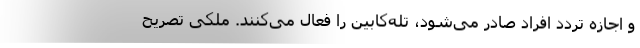
و اجازه تردد افراد صادر می‌شود، تله‌کابین را فعال می‌کنند. ملکی تصریح